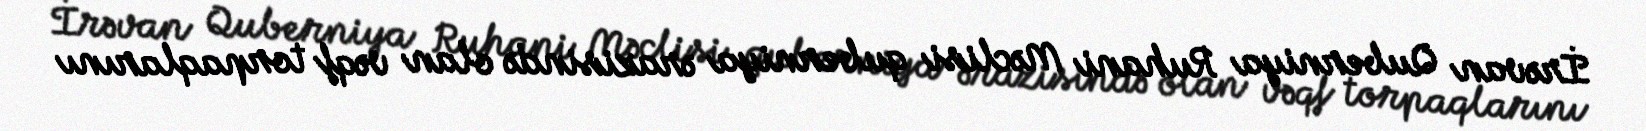
İrəvan Quberniya Ruhani Məclisi quberniya ərazisində olan vəqf torpaqlarını